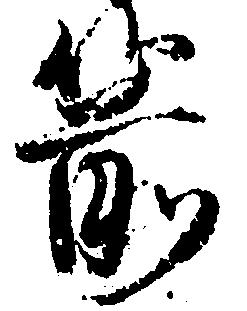
箭